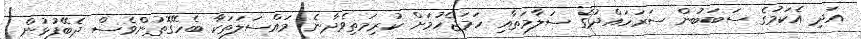
އަދި އެކަމުގެ ސަބަބުން ސަރަހައްދުގެ ސަލާމަތާއި ހަމަޖެހުމަށް ކުރިމަތިވެދާނެ މައްސަލަތަކާ ބެހޭގޮތުންވެސް ދެބޭފުޅުން